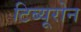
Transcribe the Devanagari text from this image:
टिब्यूरोन